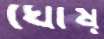
ঘোষ্‌